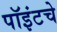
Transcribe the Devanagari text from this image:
पॉइंटचे